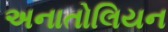
અનાતોલિયન